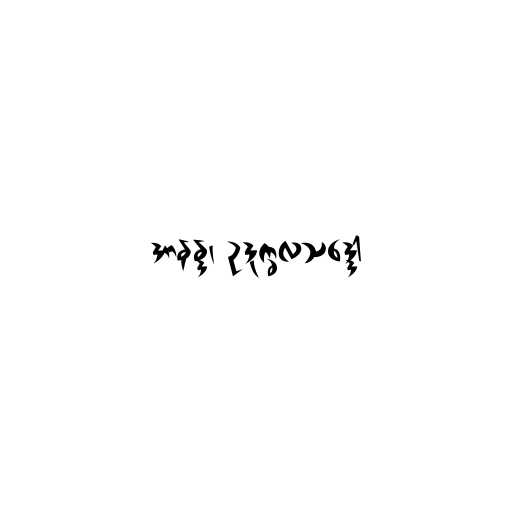
အာနန္ဒ၊ ဥဒုက္ခလသဒ္ဒော